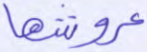
عروشها